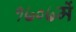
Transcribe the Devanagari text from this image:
१७०७में